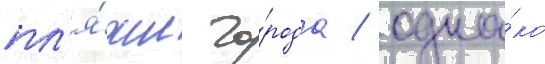
пл'я́жи го́рода / одна́ко